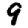
Digit: 9